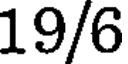
19/6